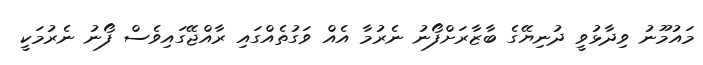
މައުމޫނު ވިދާޅުވީ ދުނިޔޭގެ ބާޒާރަށްފޯނު ނެރުމާ އެއް ވަގުތެއްގައި ރާއްޖޭގައިވެސް ފޯނު ނެރުމަކީ